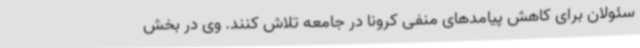
سئولان برای کاهش پیامدهای منفی کرونا در جامعه تلاش کنند. وی در بخش